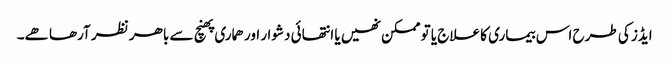
ایڈز کی طرح اس بیماری کا علاج یا تو ممکن نھیں یا انتھائی دشوار اور ھماری پھنچ سے باھر نظر آرھا ھے۔